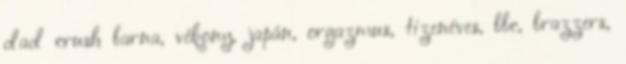
dad crush barna, vékony, japán, orgazmus, tizenéves, bbc, brazzers,